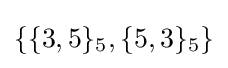
\{\{3,5\}_{5},\{5,3\}_{5}\}